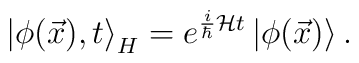
\left| \phi (\vec{x}),t\right> _{H}=e^{\frac{i}{\hbar }{\cal {H}}t}\left| \phi (\vec{x})\right> .